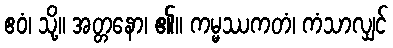
ဧဝံ၊ သို့။ အတ္တနော၊ ၏။ ကမ္မဿကတံ၊ ကံသာလျှင်